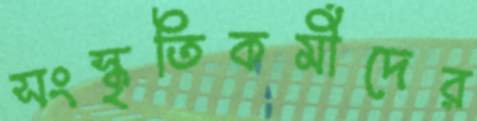
সংস্কৃতিকর্মীদের